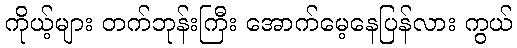
ကိုယ့်များ တက်ဘုန်းကြီး အောက်မေ့နေပြန်လား ကွယ်